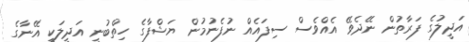
އަދީލުގެ ފަރާތުން ނޭދެވޭ އެއްވެސް ސިފައެއް ނުފެނުމުން ޔަޝްފާގެ ހިތްބުނީ އަދީލަކީ އޭނާގެ